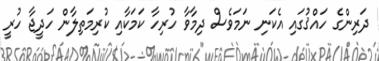
ދަރިންގެ ހައްޤުގައި އެކަނި ނަމަވެސް ދިމާވާ ހުރިހާ ކަމަކާއި ކުރިމަތިލާން ހަދީޖާ ހުރީ